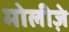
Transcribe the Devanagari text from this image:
मोलीज़े